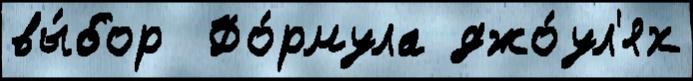
вы́бор  Фо́рмула джо́ул'ях